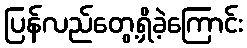
ပြန်လည်တွေ့ရှိခဲ့ကြောင်း